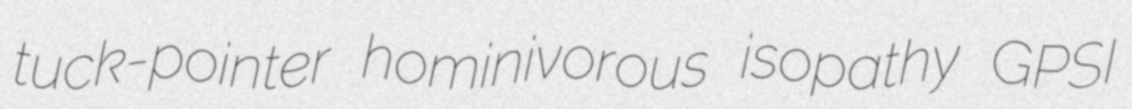
tuck-pointer hominivorous isopathy GPSI